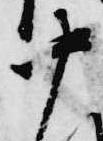
中